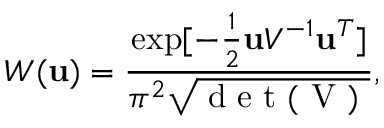
W ( \mathbf { u } ) = \frac { \exp [ - \frac { 1 } { 2 } \mathbf { u } V ^ { - 1 } \mathbf { u } ^ { T } ] } { \pi ^ { 2 } \sqrt { \mathrm { ~ d ~ e ~ t ~ ( ~ V ~ ) ~ } } } ,